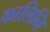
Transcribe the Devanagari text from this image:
कालिनि